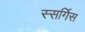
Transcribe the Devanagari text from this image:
स्सर्गिस